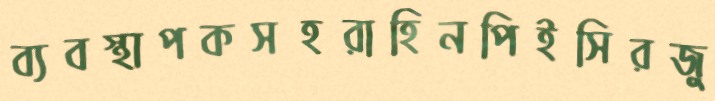
ব্যবস্থাপকসহরাহিনপিইসিরজু